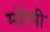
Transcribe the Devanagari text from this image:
मोरेमी